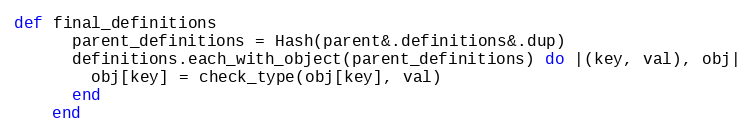
Language: Ruby
def final_definitions
      parent_definitions = Hash(parent&.definitions&.dup)
      definitions.each_with_object(parent_definitions) do |(key, val), obj|
        obj[key] = check_type(obj[key], val)
      end
    end